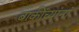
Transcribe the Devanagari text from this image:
बाकींच्यांनां